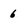
Character: 6